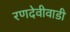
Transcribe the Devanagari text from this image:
रणदेवीवाडी